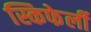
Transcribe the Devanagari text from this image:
स्किफेर्ली